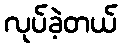
လုပ်ခဲ့တယ်